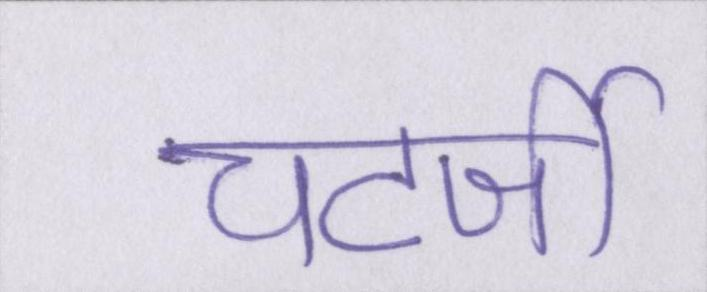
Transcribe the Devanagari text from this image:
चटर्जी